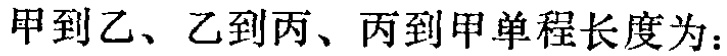
甲到乙、乙到丙、丙到甲单程长度为：